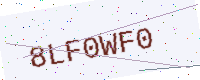
Text: 8LF0WF0